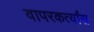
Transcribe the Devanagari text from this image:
वापरकर्त्यांस